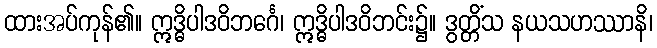
ထားအပ်ကုန်၏။ ဣဒ္ဓိပါဒဝိဘင်္ဂေ၊ ဣဒ္ဓိပါဒဝိဘင်း၌။ ဒွတ္တိံသ နယသဟဿာနိ၊